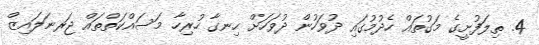
4. ތިލަފުށީގެ މަގުތައް ހެދުމުގައި ދުވަހުން ދުވަހަށް ހިނގާ ހުރިހާ މަސައްކަތްތައް ޖަރނަލައިޒް